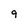
Character: 9